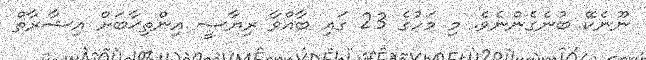
ނޫނެކޭ ބުނެގެންނެވެ. މި މަހުގެ 23 ގައި ބާއްވާ ރިޔާސީ އިންތިޚާބަށް އިޝާރާތް